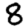
Digit: 8